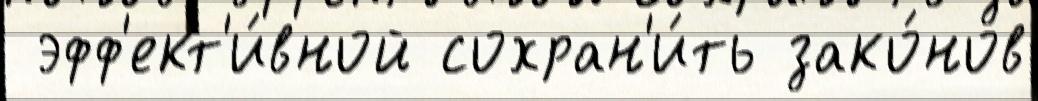
 эфф'ект'и́вной сохран'и́ть зако́нов